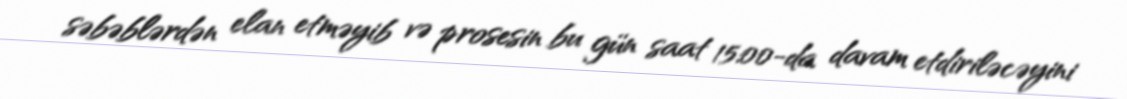
səbəblərdən elan etməyib və prosesin bu gün saat 15:00-da davam etdiriləcəyini